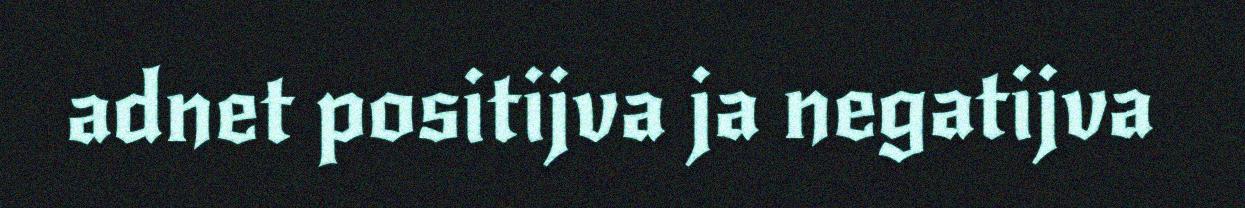
adnet positijva ja negatijva